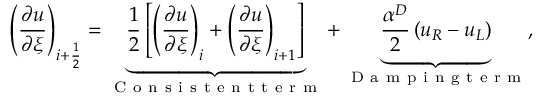
\left( \frac { \partial u } { \partial \xi } \right) _ { i + \frac { 1 } { 2 } } = \underbrace { \frac { 1 } { 2 } \left[ \left( \frac { \partial u } { \partial \xi } \right) _ { i } + \left( \frac { \partial u } { \partial \xi } \right) _ { i + 1 } \right] } _ { \mathrm { ~ C ~ o ~ n ~ s ~ i ~ s ~ t ~ e ~ n ~ t ~ t ~ e ~ r ~ m ~ } } + \underbrace { \frac { \alpha ^ { D } } { 2 } \left( u _ { R } - u _ { L } \right) } _ { \mathrm { ~ D ~ a ~ m ~ p ~ i ~ n ~ g ~ t ~ e ~ r ~ m ~ } } ,